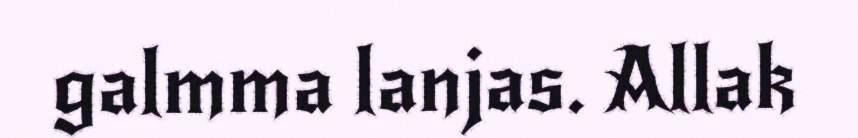
galmma lanjas. Allak